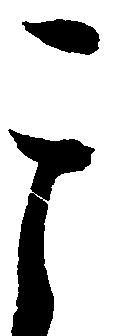
其